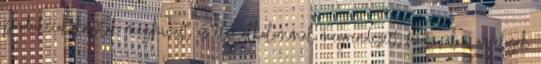
produkciók kaptak meghívást az első alkalommal megrendezett fesztiválra, amelyek